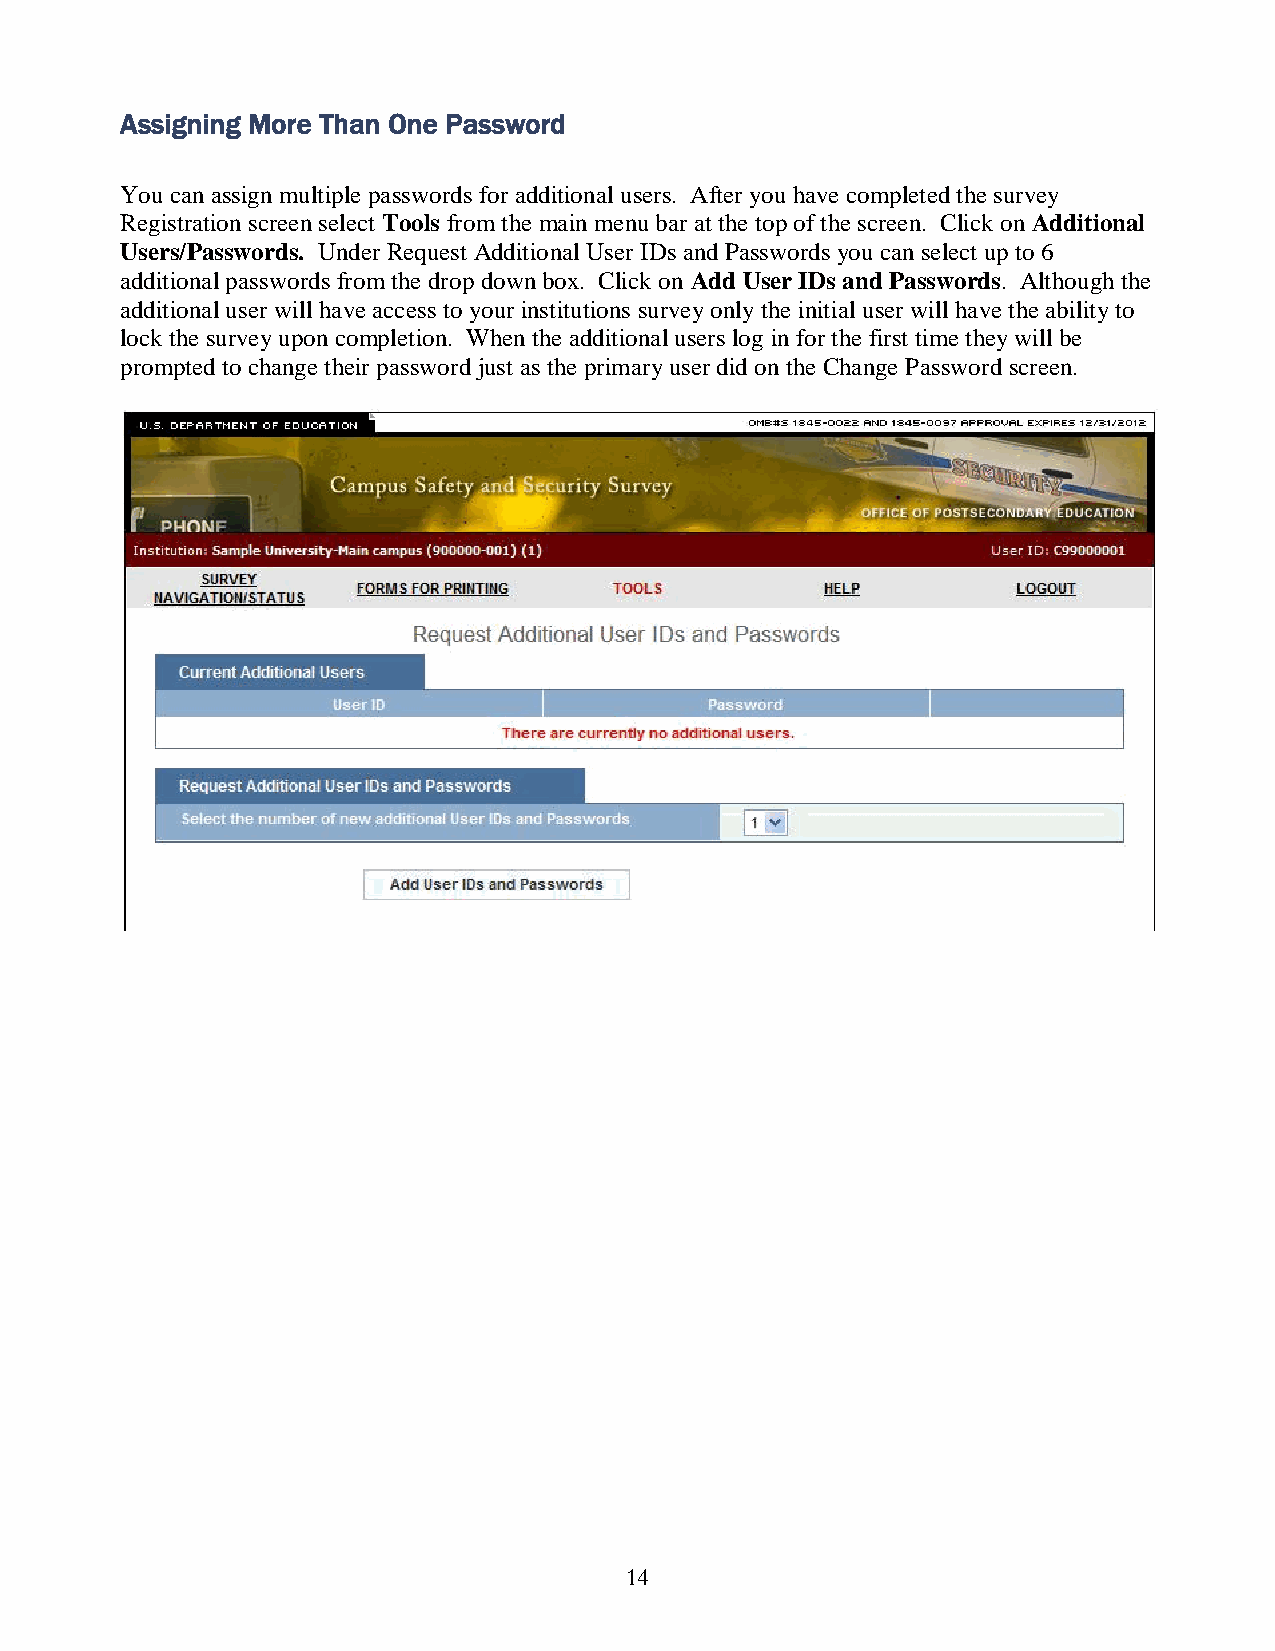
Assigning More Than One Password
 You can assign multiple passwords for additional users. After you have completed the survey
 Registration screen select Tools from the main menu bar at the top of the screen. Click on Additional
 Users/Passwords. Under Request Additional User IDs and Passwords you can select up to 6
 additional passwords from the drop down box. Click on Add User IDs and Passwords. Although the
 additional user will have access to your institutions survey only the initial user will have the ability to
 lock the survey upon completion. When the additional users log in for the first time they will be
 prompted to change their password just as the primary user did on the Change Password screen.
 14